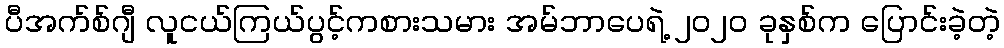
ပီအက်စ်ဂျီ လူငယ်ကြယ်ပွင့်ကစားသမား အမ်ဘာပေရဲ့ ၂၀၂၀ ခုနှစ်က ပြောင်းခဲ့တဲ့